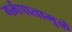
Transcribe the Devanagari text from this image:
गर्भपातामुळे